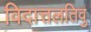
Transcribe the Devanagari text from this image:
विदात्तलतिवु